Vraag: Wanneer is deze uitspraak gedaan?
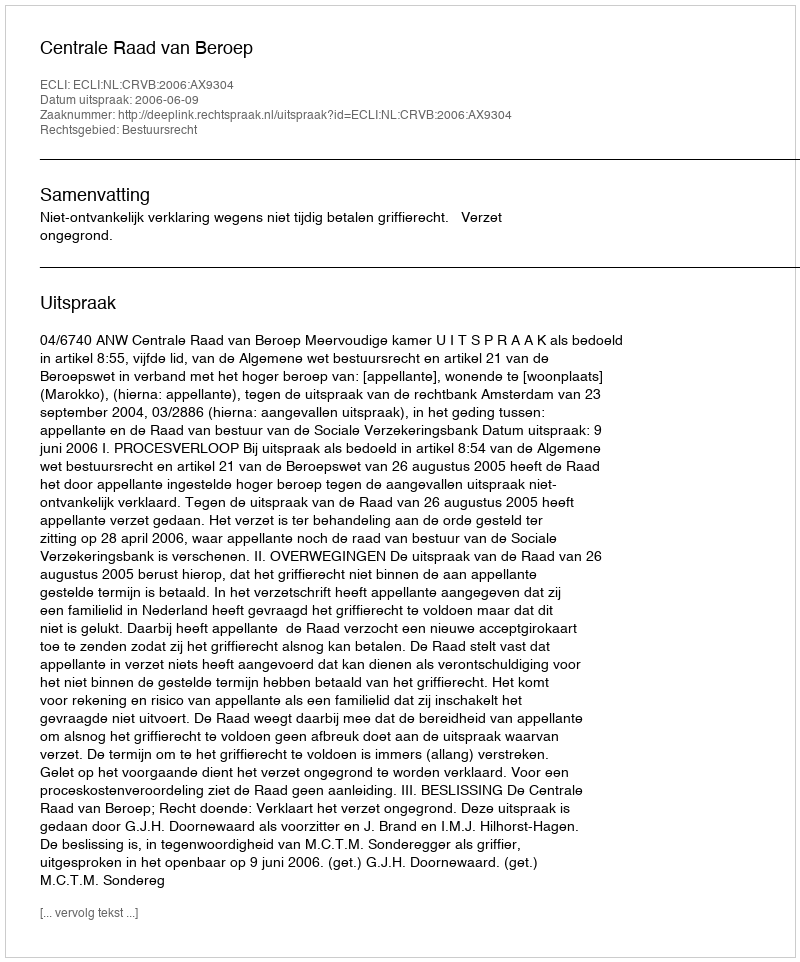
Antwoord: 2006-06-09